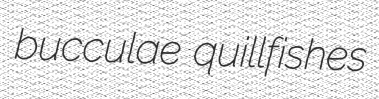
bucculae quillfishes